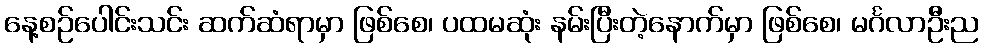
နေ့စဉ်ပေါင်းသင်း ဆက်ဆံရာမှာ ဖြစ်စေ၊ ပထမဆုံး နမ်းပြီးတဲ့နောက်မှာ ဖြစ်စေ၊ မင်္ဂလာဦးည